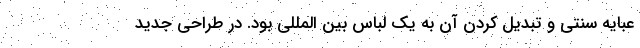
عبایه سنتی و تبدیل کردن آن به یک لباس بین المللی بود. در طراحی جدید